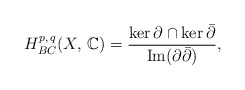
\begin{align*}H^{p,\,q} _{BC}(X ,\, \mathbb{C})= \frac{\ker \partial \cap \ker \bar\partial}{ \operatorname{Im}(\partial\bar\partial)},\end{align*}